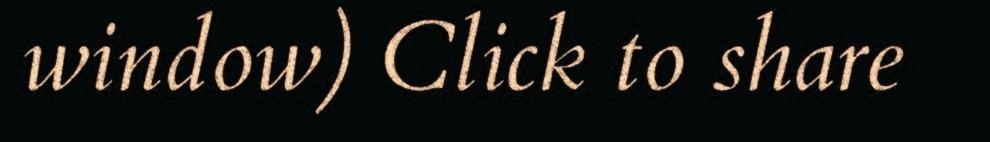
window) Click to share